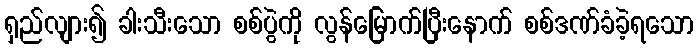
ရှည်လျား၍ ခါးသီးသော စစ်ပွဲကို လွန်မြောက်ပြီးနောက် စစ်ဒဏ်ခံခဲ့ရသော